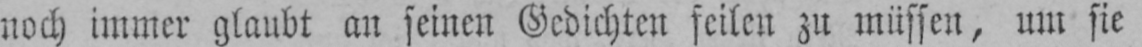
noch immer glaubt an seinen Gedichten feilen zu müssen, um sie